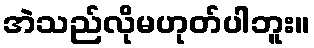
အဲသည်လိုမဟုတ်ပါဘူး။